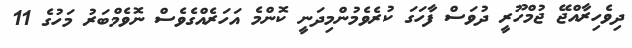
ދިވެހިރާއްޖޭ ޖުމްހޫރީ ދުވަސް ފާހަގަ ކުރެވެމުންމިދަނީ ކޮންމެ އަހަރެއްގެވެސް ނޮވެމްބަރު މަހުގެ 11